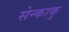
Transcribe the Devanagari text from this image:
सेन्काकु